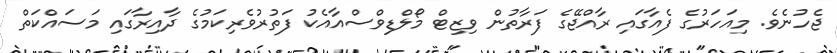
ޖެހުނެވެ. މިއަހަރުގެ ފެއާގައި ރާއްޖޭގެ ފަރާތުން ވިޒިޓް މޯލްޑިވްސްއާއެކު ފަތުރުވެރިކަމުގެ ދާއިރާގައި މަސައްކަތް